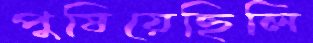
পুষিয়েছিলি